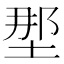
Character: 𫭹